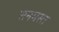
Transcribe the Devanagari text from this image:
सनमस्त